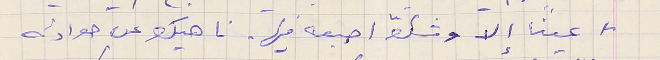
لا عينًا إلا وشكَّ اصبعه فيها. ناهيك عن حوادثه